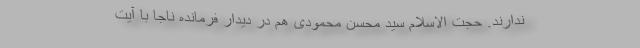
ندارند. حجت الاسلام سید محسن محمودی هم در دیدار فرمانده ناجا با آیت